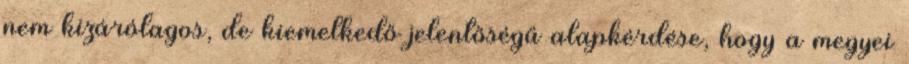
nem kizárólagos, de kiemelkedő jelentőségű alapkérdése, hogy a megyei